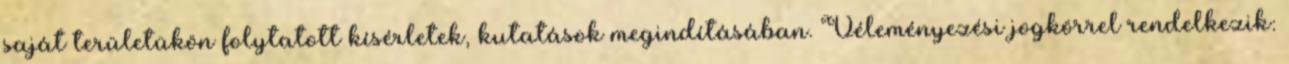
saját területükön folytatott kísérletek, kutatások megindításában. Véleményezési jogkörrel rendelkezik: